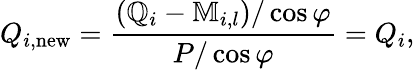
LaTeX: Q_{i,\mathrm{new}}=\frac{\left(\mathbb{Q}_{i}-\mathbb{M}_{i,l}\right)/\cos{\varphi}}{P/\cos{\varphi}}=Q_{i},